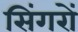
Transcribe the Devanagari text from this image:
सिंगरों